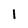
Character: 1